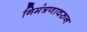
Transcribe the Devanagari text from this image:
निमंत्रणावरुन